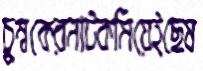
চুম্বকেরনাটকমিয়েইছেষ